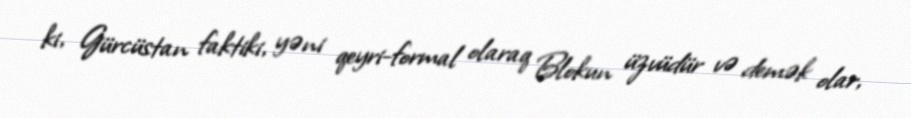
ki, Gürcüstan faktiki, yəni qeyri-formal olaraq Blokun üzvüdür və demək olar,